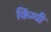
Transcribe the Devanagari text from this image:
किंग्यी